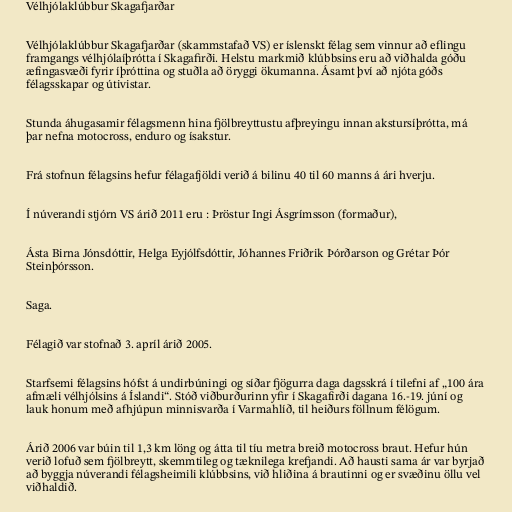
Vélhjólaklúbbur Skagafjarðar

Vélhjólaklúbbur Skagafjarðar (skammstafað VS) er íslenskt félag sem vinnur að eflingu
framgangs vélhjólaíþrótta í Skagafirði. Helstu markmið klúbbsins eru að viðhalda góðu
æfingasvæði fyrir íþróttina og stuðla að öryggi ökumanna. Ásamt því að njóta góðs
félagsskapar og útivistar.

Stunda áhugasamir félagsmenn hina fjölbreyttustu afþreyingu innan akstursíþrótta, má
þar nefna motocross, enduro og ísakstur.

Frá stofnun félagsins hefur félagafjöldi verið á bilinu 40 til 60 manns á ári hverju.

Í núverandi stjórn VS árið 2011 eru : Þröstur Ingi Ásgrímsson (formaður),

Ásta Birna Jónsdóttir, Helga Eyjólfsdóttir, Jóhannes Friðrik Þórðarson og Grétar Þór
Steinþórsson.

Saga.

Félagið var stofnað 3. apríl árið 2005.

Starfsemi félagsins hófst á undirbúningi og síðar fjögurra daga dagsskrá í tilefni af „100 ára
afmæli vélhjólsins á Íslandi“. Stóð viðburðurinn yfir í Skagafirði dagana 16.-19. júní og
lauk honum með afhjúpun minnisvarða í Varmahlíð, til heiðurs föllnum félögum.

Árið 2006 var búin til 1,3 km löng og átta til tíu metra breið motocross braut. Hefur hún
verið lofuð sem fjölbreytt, skemmtileg og tæknilega krefjandi. Að hausti sama ár var byrjað
að byggja núverandi félagsheimili klúbbsins, við hliðina á brautinni og er svæðinu öllu vel
viðhaldið.